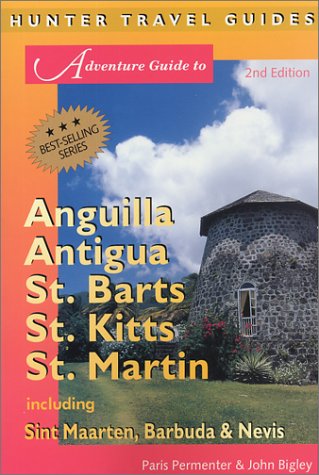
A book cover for Adventure Guide to Anguilla, Antigua, St. Barts, St. Kitts, St. Martin: Including Sint Maarten, Barbuda & Nevis (Adventure Guide to Anguilla, Antigua, St  Barts, St Kitts & St Martin); Paris Permenter; Travel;